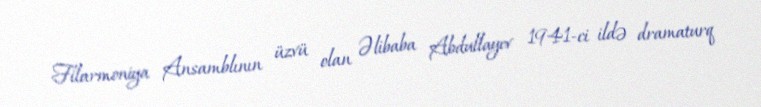
Filarmoniya Ansamblının üzvü olan Əlibaba Abdullayev 1941-ci ildə dramaturq